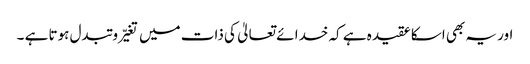
اور یہ بھی اسکا عقیدہ ہے کہ خدا ئے تعالیٰ کی ذات میں تغیّر و تبدل ہوتا ہے ۔